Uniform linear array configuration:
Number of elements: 48
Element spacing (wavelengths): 0.5
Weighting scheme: cosine
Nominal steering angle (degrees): -15
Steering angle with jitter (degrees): -14.701
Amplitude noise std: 0.05
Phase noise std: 0.05

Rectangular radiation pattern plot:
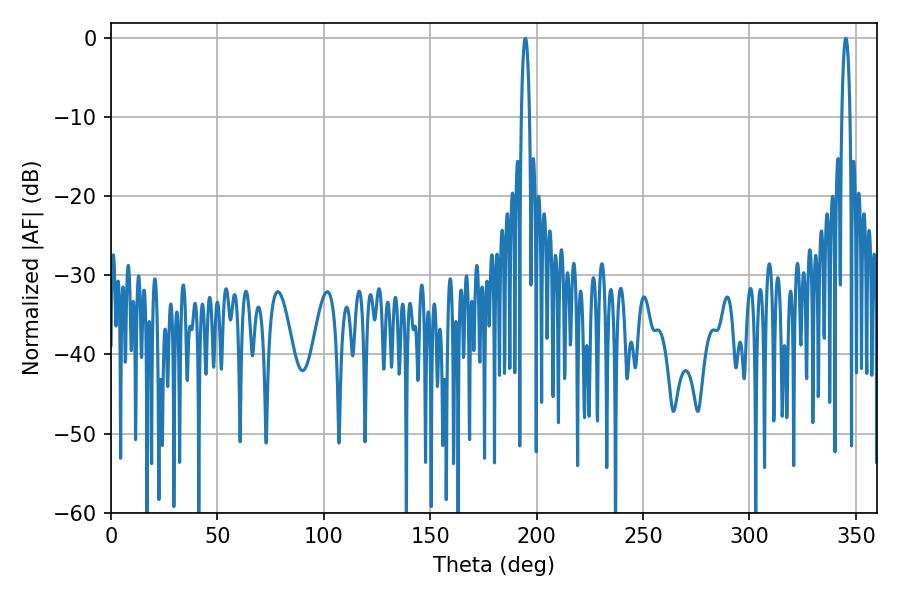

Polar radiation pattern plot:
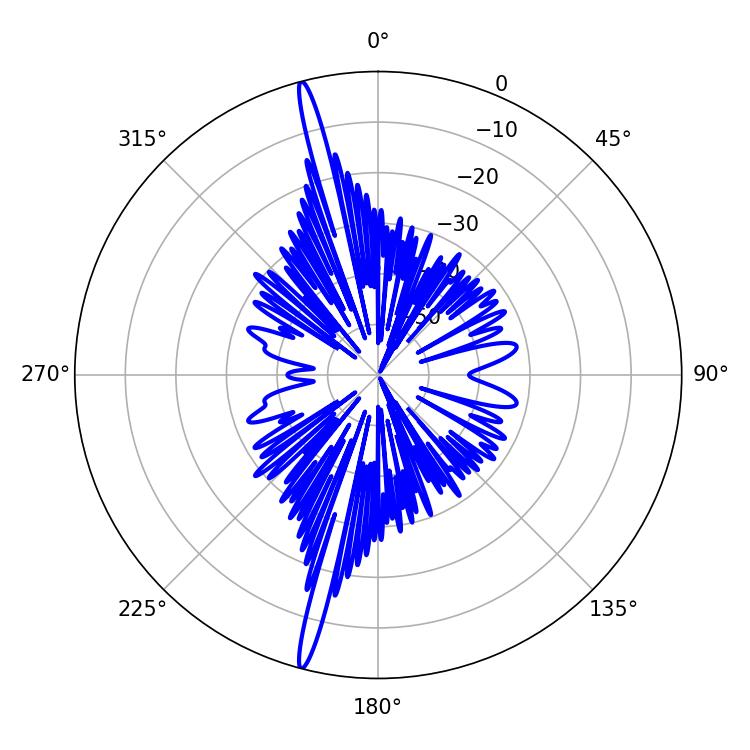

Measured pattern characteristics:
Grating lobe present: FALSE
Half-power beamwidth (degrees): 2.16
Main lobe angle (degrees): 194.76